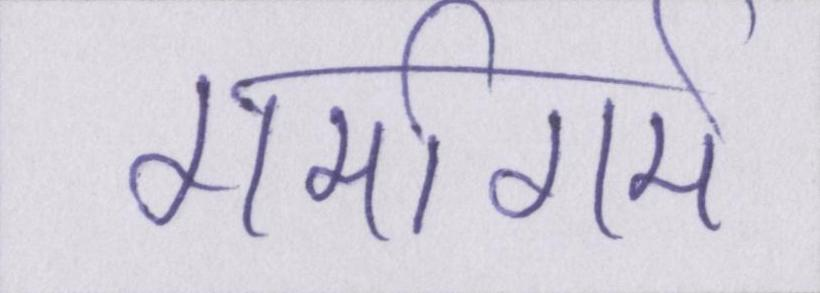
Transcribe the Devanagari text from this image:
गर्मागर्म